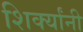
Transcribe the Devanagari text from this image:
शिर्क्यांनी